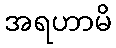
အရဟာမိ